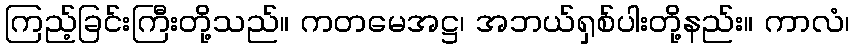
ကြည့်ခြင်းကြီးတို့သည်။ ကတမေအဋ္ဌ၊ အဘယ်ရှစ်ပါးတို့နည်း။ ကာလံ၊